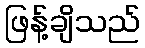
ဖြန့်ချိသည်